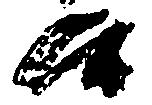
候